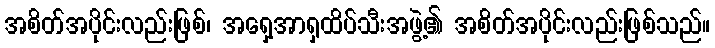
အစိတ်အပိုင်းလည်းဖြစ်၊ အရှေ့အာရှထိပ်သီးအဖွဲ့၏ အစိတ်အပိုင်းလည်းဖြစ်သည်။